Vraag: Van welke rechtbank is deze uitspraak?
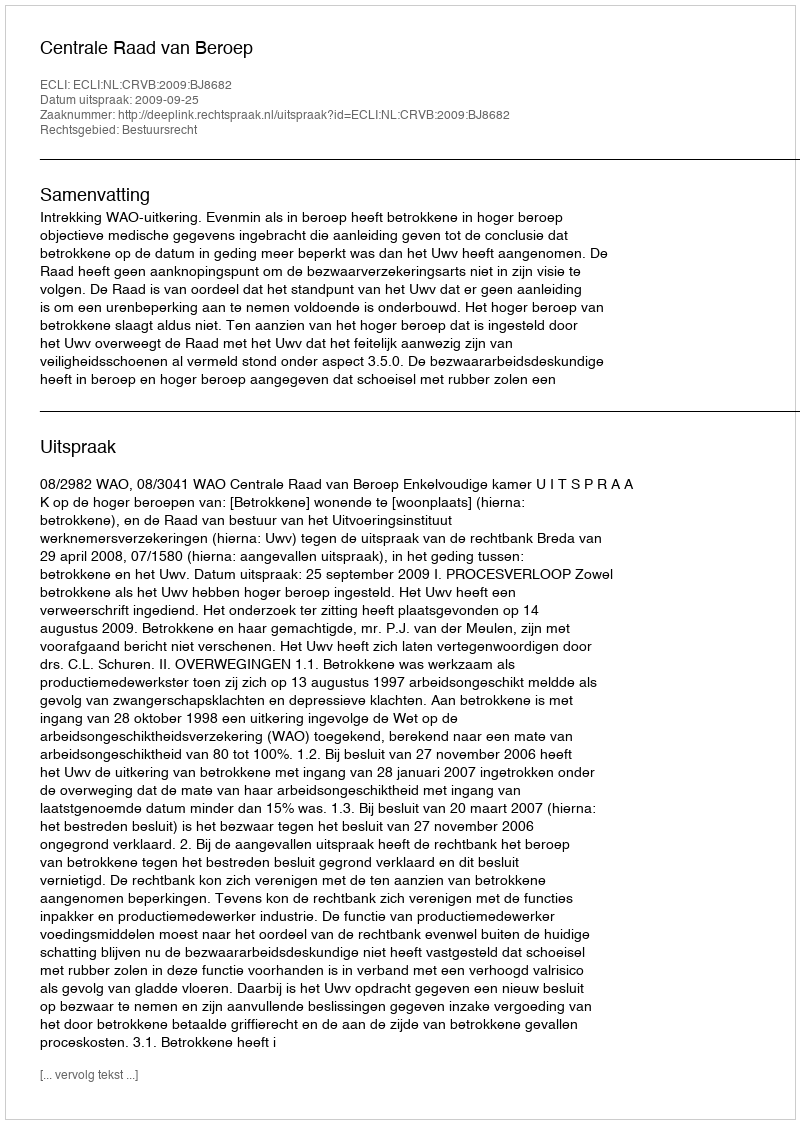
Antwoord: Centrale Raad van Beroep